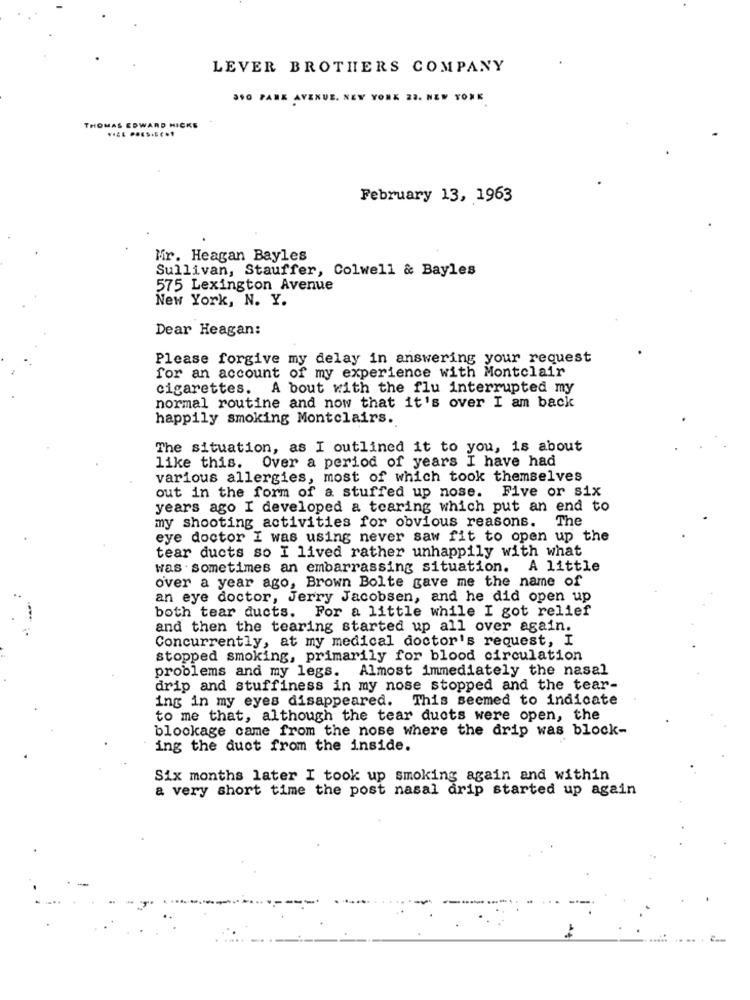
LEVER BROTHERS COMPANY
390 PARK AVENUE. NEW YORK 23. NEW YORK
THOMAS EDWARD HICKS
February 13, 1963
Mr. Heagan Bayles
Sullivan, Stauffer, Colwell & Bayles
575 Lexington Avenue
New York, N. Y.
Dear Heagan:
Please forgive my delay in answering your request
for an account of my experience with Montclair
cigarettes. A bout with the flu interrupted my
normal routine and now that it's over I am back
happily smoking Montclairs.
The situation, as I outlined it to you, is about
like this. Over a period of years I have had
various allergies, most of which took themselves
out in the form of a stuffed up nose. Five or six
years ago I developed a tearing which put an end to
my shooting activities for obvious reasons. The
eye doctor I was using never saw fit to open up the
tear ducts so I lived rather unhappily with what
was . sometimes an embarrassing situation. A little
over a year ago, Brown Bolte gave me the name of
an eye doctor, Jerry Jacobsen, and he did open up
both tear ducts. For a little while I got relief
and then the tearing started up all over again.
Concurrently, at my medical doctor's request, I
stopped smoking, primarily for blood circulation
problems and my legs. Almost immediately the nasal
drip and stuffiness in my nose stopped and the tear-
ing in my eyes disappeared. This seemed to indicate
to me that, although the tear ducts were open, the
blockage came from the nose where the drip was block-
ing the duct from the inside.
Six months later I took up smoking again and within
a very short time the post nasal drip started up again